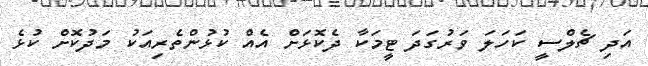
އަދި ޗެލްސީ ކަހަލަ ވަރުގަދަ ޓީމަކާ ދެކޮޅަށް އެއް ކުޅުންތެރިއަކު މަދުކޮށް ކުޅެ